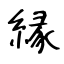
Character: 縁